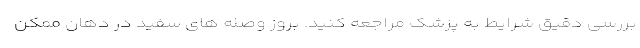
بررسی دقیق شرایط به پزشک مراجعه کنید. بروز وصله های سفید در دهان ممکن